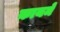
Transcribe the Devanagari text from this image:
कायमें